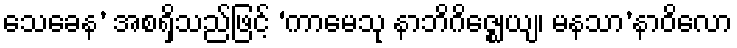
သေခေန’ အစရှိသည်ဖြင့် ‘ကာမေသု နာဘိဂိဇ္ဈေယျ၊ မနသာ’နာဝိလော